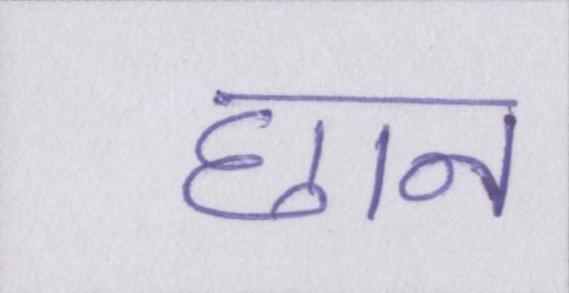
छान